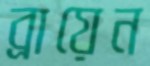
ব্রায়েন